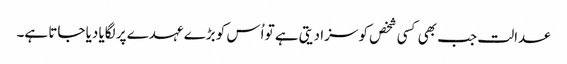
عدالت جب بھی کسی شخص کو سزا دیتی ہے تو اُس کو بڑے عہدے پر لگایا دیا جاتا ہے۔